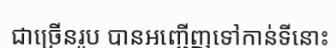
ជាច្រើនរូប បានអញ្ជើញទៅកាន់ទីនោះ